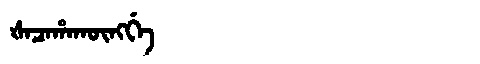
Manchu: ᡧᠠᠴᠠᡥᠠᡴᡡᠩᡤᡝ
Romanization: ŠACAHAKŪNGGE